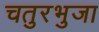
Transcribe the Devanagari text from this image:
चतुरभुजा